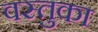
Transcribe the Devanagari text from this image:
वस्‍तुका